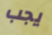
يجب